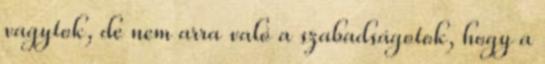
vagytok, de nem arra való a szabadságotok, hogy a